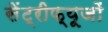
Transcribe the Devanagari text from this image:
सेंट्रीफ्यूजों